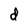
Character: d